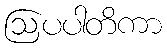
ဩပပါတိကာ